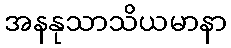
အနနုသာသိယမာနာ